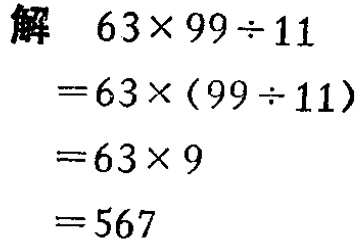
解
\[
\begin{align*}
&63\times99\div11\\
=&63\times(99\div11)\\
=&63\times9\\
=&567
\end{align*}
\]